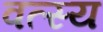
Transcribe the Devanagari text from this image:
वत्स्य